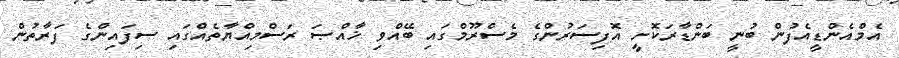
އެމްއެންޑީއެފުން ބުނީ ބަންޑާރަކޮށީ އޮފިސަރުންގެ މެސްރޫމްގައި ބޭއްވި ޚާއްޞަ ރަސްމިއްޔާތެއްގައި ސިފައިންގެ ފަރާތުން